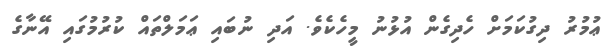
ޢުމުރު ދިގުކަމަށް ހެދިގެން އުޅުނު މީހެކެވެ. އަދި ނުބައި ޢަމަލްތައް ކުރުމުގައި އޭނާގެ